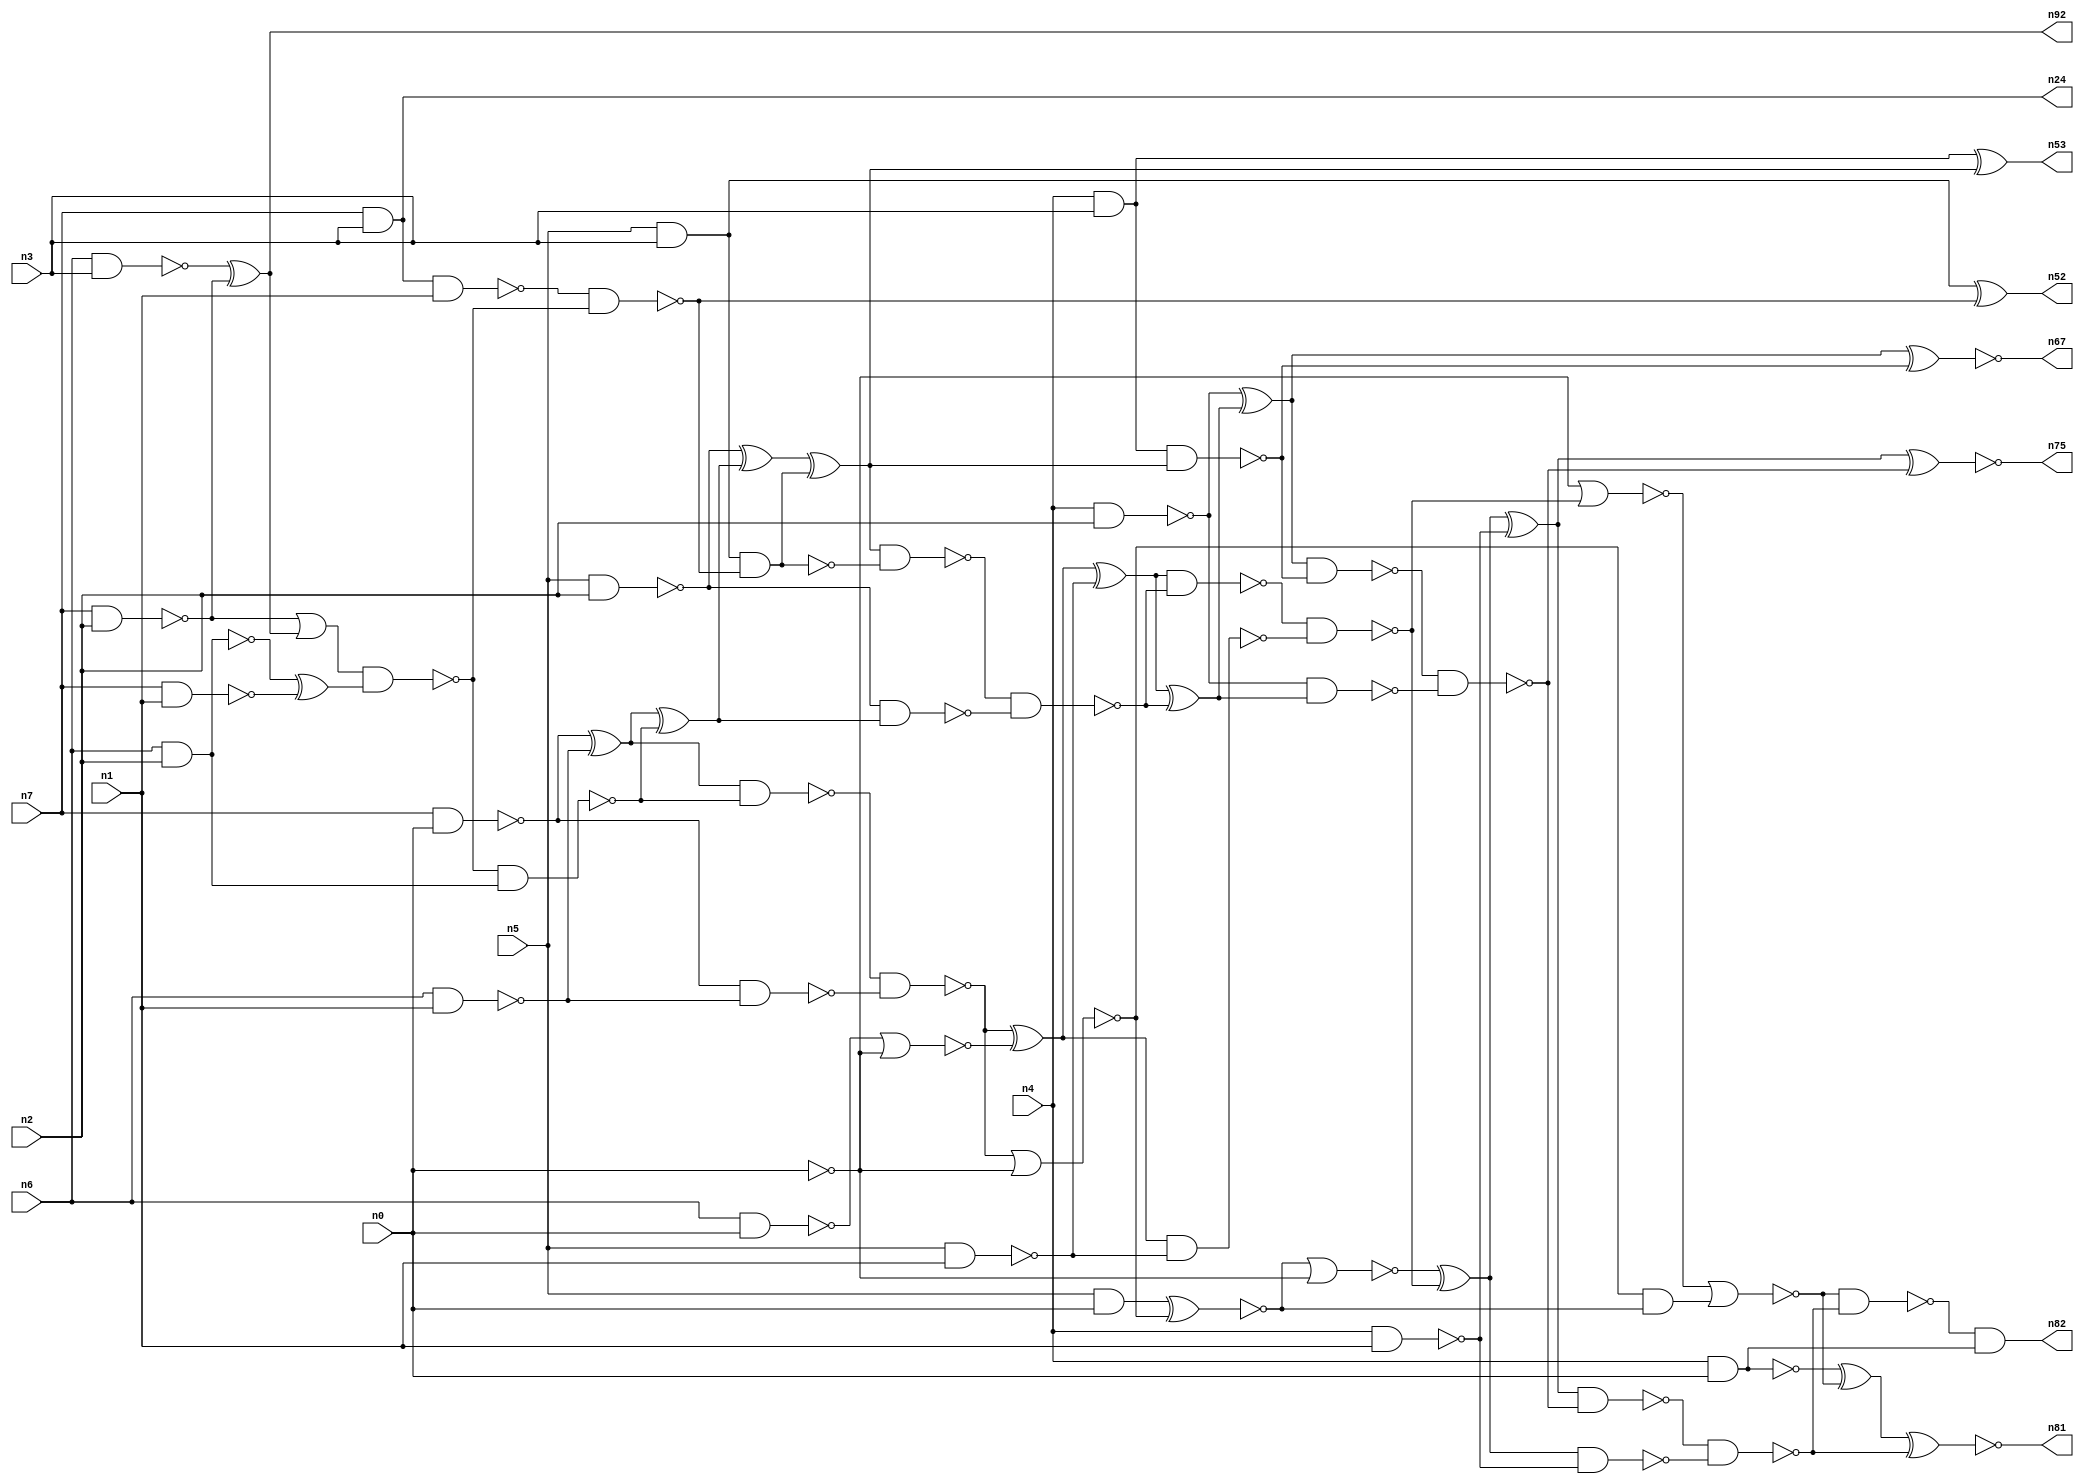
// This file contains a pareto-optimal circuit with respect to power and the fault-resilince parameter p_fault which is defined as:
// "For all input vectors, the ratio of the no. of faults observable at the POs to the no. of total possible faults in the circuit".
// This code is part of the ReCkt library (https://github.com/umar-afzaal/ReCkt) distributed under The MIT License.
// When used, please cite the following article(s):
// U. Afzaal, A.S. Hassan, M. Usman and J.A. Lee, "On the Evolutionary Synthesis of Increased Fault-resilience Arithmetic Circuits".

// p_fault = 90.9 %    (Lower is better)
// gates = 75.0
// levels = 18
// area = 94.94    (For MCNC library relative to nand2)
// power = 522.5 uW    (Berkely-SIS for MCNC library @ Vdd=5V and 20 MHz clock)
// delay = 25.7 ns    (Berkely-ABC for MCNC library)
// PDP = 1.34283e-11 J

// Pin mapping:
// {n0, n1, n2, n3} = A[3:0]
// {n4, n5, n6, n7} = B[3:0]
// {n82, n81, n75, n67, n53, n52, n92, n24} = O[7:0]

module mult4u_power_6 (
n0, n1, n2, n3, n4, n5, n6, n7, 
n82, n81, n75, n67, n53, n52, n92, n24
);

input n0, n1, n2, n3, n4, n5, n6, n7;
output n82, n81, n75, n67, n53, n52, n92, n24;
wire n16, n73, n77, n26, n40, n38, n78, n76, n46, n50, n51, n15, n66, n36, n18, n13, n21, n32, n35, n64, 
n57, n65, n33, n10, n17, n70, n61, n19, n58, n68, n74, n44, n20, n62, n60, n28, n59, n80, n27, n79, 
n69, n45, n71, n25, n14, n43, n8, n39, n34, n37, n31, n42, n56, n54, n12, n63, n30, n22, n11, n49, 
n9, n72, n47, n55, n23, n41, n48;

nand (n8, n4, n3);
and (n9, n5, n0);
nand (n10, n6, n1);
nand (n11, n5, n1);
nand (n12, n0, n0);
nand (n13, n6, n2);
nand (n14, n4, n1);
nand (n15, n7, n0);
nand (n16, n7, n1);
nand (n17, n7, n2);
nand (n18, n6, n3);
and (n19, n5, n3);
nand (n20, n6, n0);
nand (n21, n5, n2);
nand (n22, n4, n2);
nand (n23, n4, n0);
and (n24, n7, n3);
xor (n25, n15, n10);
xor (n26, n18, n17);
nand (n27, n15, n10);
nor (n28, n20, n12);
xor (n30, n13, n16);
or (n31, n17, n26);
nand (n32, n8, n8);
and (n33, n0, n0);
nand (n34, n24, n1);
nand (n35, n13, n13);
nand (n36, n33, n33);
nand (n37, n31, n30);
nand (n38, n37, n35);
nand (n39, n34, n37);
nand (n40, n19, n39);
xor (n41, n25, n38);
nand (n42, n25, n38);
xnor (n43, n19, n39);
nand (n44, n21, n41);
nand (n45, n40, n40);
nand (n46, n42, n27);
xor (n47, n21, n41);
xor (n48, n47, n45);
nand (n49, n48, n40);
nor (n50, n46, n36);
xor (n51, n46, n28);
nand (n52, n43, n43);
xor (n53, n32, n48);
xnor (n54, n9, n50);
xor (n55, n51, n11);
nand (n56, n32, n48);
and (n57, n50, n54);
nand (n58, n51, n11);
nand (n59, n49, n44);
nor (n60, n54, n12);
xor (n61, n55, n59);
nand (n62, n55, n59);
nand (n63, n22, n61);
nand (n64, n0, n0);
nand (n65, n62, n58);
xor (n66, n22, n61);
xnor (n67, n66, n56);
xor (n68, n60, n65);
nand (n69, n66, n56);
nor (n70, n64, n65);
xor (n71, n68, n14);
nor (n72, n70, n57);
nand (n73, n68, n14);
nand (n74, n69, n63);
xnor (n75, n71, n74);
xor (n76, n23, n72);
nand (n77, n23, n23);
nand (n78, n71, n74);
nand (n79, n78, n73);
nand (n80, n72, n79);
xnor (n81, n76, n79);
and (n82, n80, n77);
and (n92, n26, n26);

endmodule